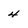
Character: 4